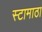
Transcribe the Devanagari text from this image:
स्टामाठा